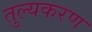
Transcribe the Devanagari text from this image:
तुल्यकरण